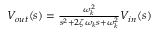
\begin{array} { r } { V _ { o u t } ( s ) = \frac { \omega _ { k } ^ { 2 } } { s ^ { 2 } + 2 \zeta \omega _ { k } s + \omega _ { k } ^ { 2 } } V _ { i n } ( s ) } \end{array}